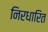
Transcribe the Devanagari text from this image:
निरधारित